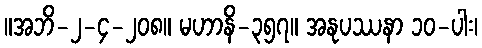
။အဘိ-၂-၄-၂၀၈။ မဟာနိ-၃၅၇။ အနုပဿနာ ၁၀-ပါး၊